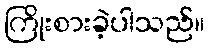
ကြိုးစားခဲ့ပါသည်။